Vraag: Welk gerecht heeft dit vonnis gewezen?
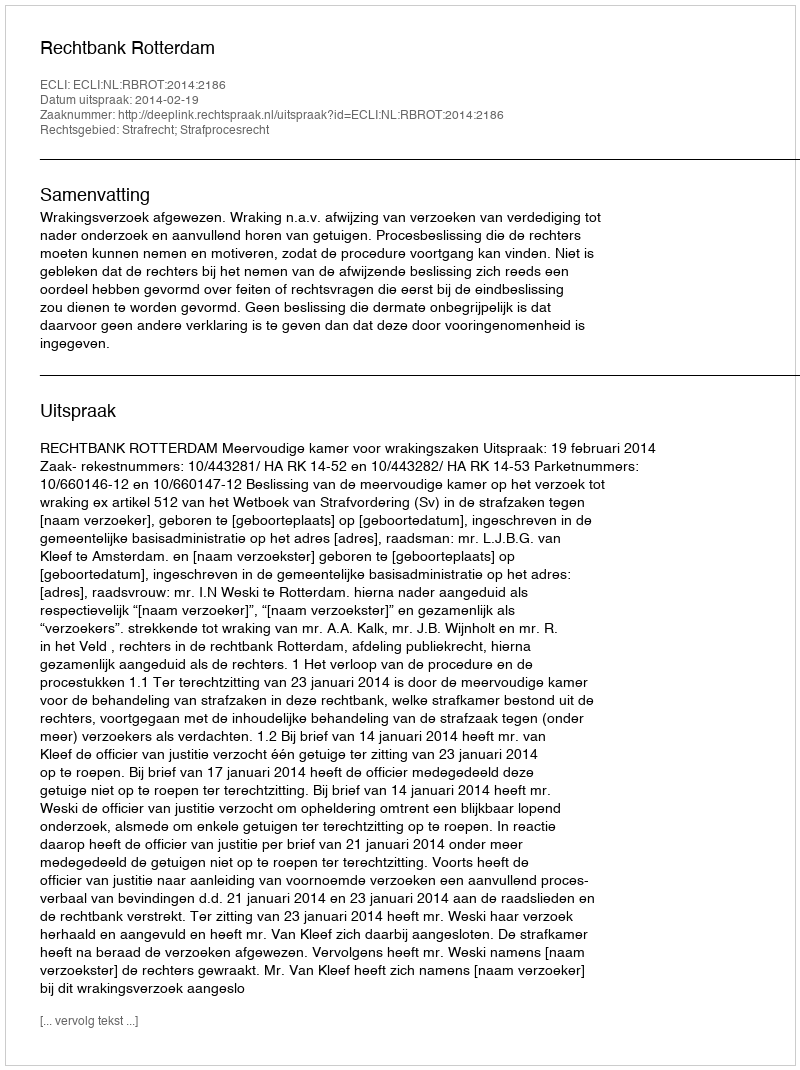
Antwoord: Rechtbank Rotterdam